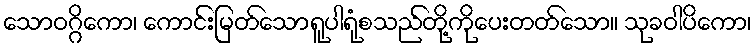
သောဝဂ္ဂိကော၊ ကောင်းမြတ်သောရူပါရုံစသည်တို့ကိုပေးတတ်သော။ သုခဝါပိကော၊